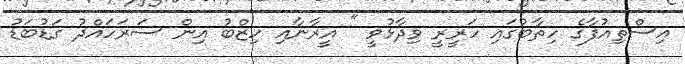
އިސްތިއުފާގެ ހިތާބުގައި ހަރީރީ ވިދާޅުވީ " އީރާނާއި ހިޒްބު އިން ސަރަހައްދު ގަޑުބަޑު